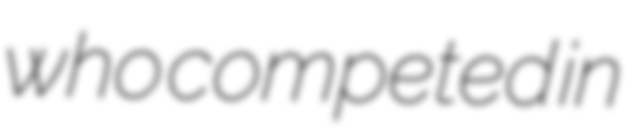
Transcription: who competed in